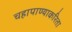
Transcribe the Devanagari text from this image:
चहापाण्याकरिता